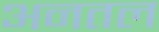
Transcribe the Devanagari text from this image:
अनतल